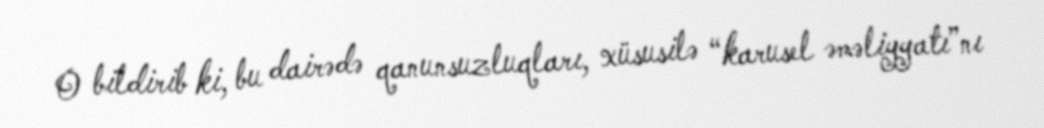
O bildirib ki, bu dairədə qanunsuzluqları, xüsusilə “karusel əməliyyatı”nı